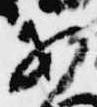
あ